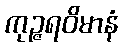
ကုဉ္ဇရဝိမာနံ